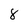
Character: 8